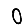
Digit: 0